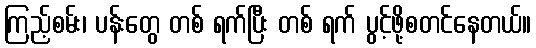
ကြည့်စမ်း၊ ပန်းတွေ တစ် ရက်ပြီး တစ် ရက် ပွင့်ဖို့စတင်နေတယ်။